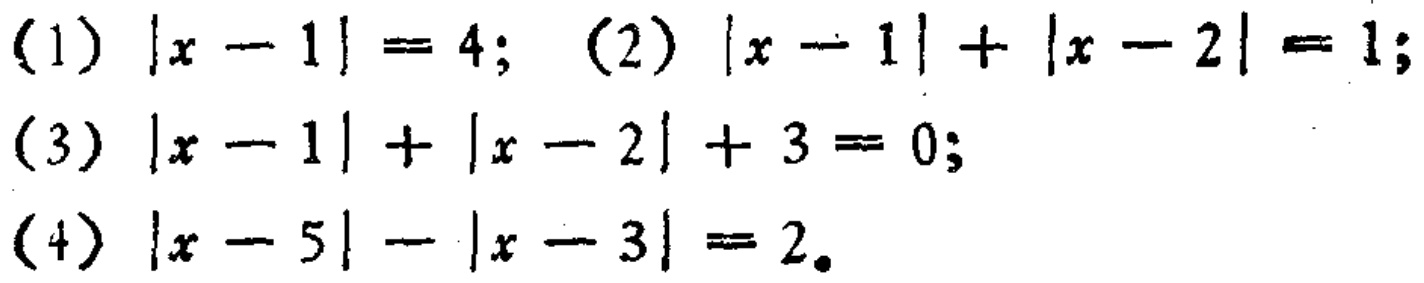
(1) \(|x - 1| = 4\); (2) \(|x - 1|+|x - 2| = 1\);
(3) \(|x - 1|+|x - 2| + 3 = 0\);
(4) \(|x - 5|-|x - 3| = 2\).